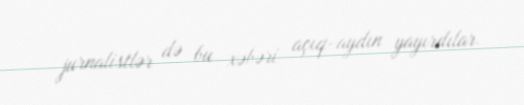
jurnalistlər də bu xəbəri açıq-aydın yayırdılar.